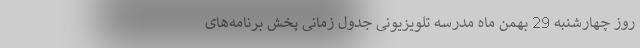
روز چهارشنبه 29 بهمن ماه مدرسه تلویزیونی جدول زمانی پخش برنامه‌های